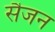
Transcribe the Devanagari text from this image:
सैजन